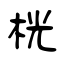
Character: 桄